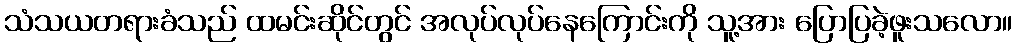
သံသယတရားခံသည် ထမင်းဆိုင်တွင် အလုပ်လုပ်နေကြောင်းကို သူ့အား ပြောပြခဲ့ဖူးသလော။